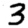
Digit: 3